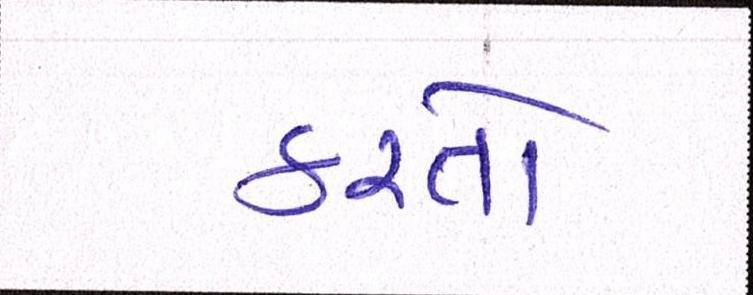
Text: કરતો